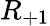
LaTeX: R_{+1}